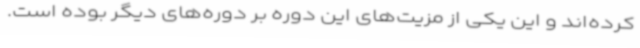
کرده‌اند و این یکی از مزیت‌های این دوره بر دوره‌های دیگر بوده است.